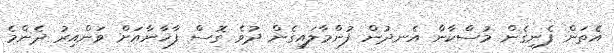
އެތަން ފެނިގެން މުސްކާން އެނދުން ފުންމާލައިގެން ދުވެ ގޮސް ފާޚާނާއަށް ވަންއިރު ދެންމެ